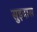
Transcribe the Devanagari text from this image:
सुइदास